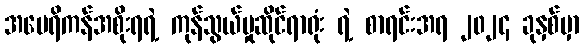
အမေရိကန်အစိုးရရဲ့ ကုန်သွယ်မှုဆိုင်ရာရုံး ရဲ့ စာရင်းအရ ၂၀၂၄ ခုနှစ်မှာ